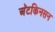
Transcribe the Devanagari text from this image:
अॅटकिनसन